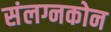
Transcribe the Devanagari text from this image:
संलग्नकोन